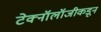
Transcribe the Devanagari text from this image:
टेक्नॉलॉजीकडून